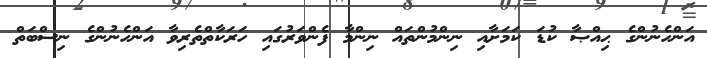
އަންހެނުންގެ ޙިއްޞާ ކުޑަ ކަމަށާއި ނިންމުންތައް ނިންމާ ފެންވަރުގައި ހަރަކާތްތެރިވާ އަންހެނުންގެ ނިސްބަތް